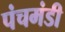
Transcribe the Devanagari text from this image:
पंचमंडी